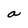
Character: a